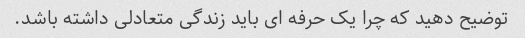
توضیح دهید که چرا یک حرفه ای باید زندگی متعادلی داشته باشد.